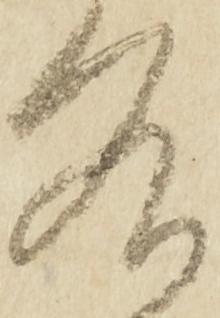
各